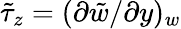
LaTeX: \tilde{\tau}_{z}=(\partial\tilde{w}/\partial y)_{w}